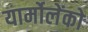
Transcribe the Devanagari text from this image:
यार्मोलेंको